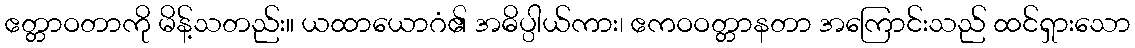
ဧတ္တာဝတာကို မိန့်သတည်း။ ယထာယောဂံ၏ အဓိပ္ပါယ်ကား၊ ဧကဝဝတ္တာနတာ အကြောင်းသည် ထင်ရှားသော